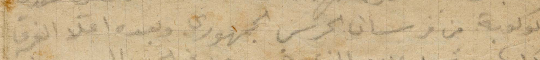
كوكبة من فرسان الحرس الجمهوري وبعده اعلى الفرق